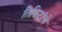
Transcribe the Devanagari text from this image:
तिकिटांचे